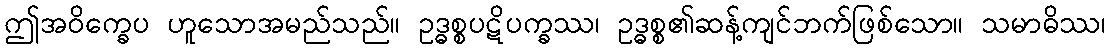
ဤအဝိက္ခေပ ဟူသောအမည်သည်။ ဥဒ္ဓစ္စပဋိပက္ခဿ၊ ဥဒ္ဓစ္စ၏ဆန့်ကျင်ဘက်ဖြစ်သော။ သမာဓိဿ၊